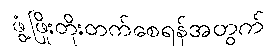
ဖွံ့ဖြိုးတိုးတက်စေရန်အတွက်